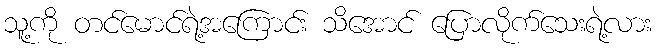
သူ့ကို တင်မောင်ရဲ့အကြောင်း သိအောင် ပြောလိုက်သေးရဲ့လား